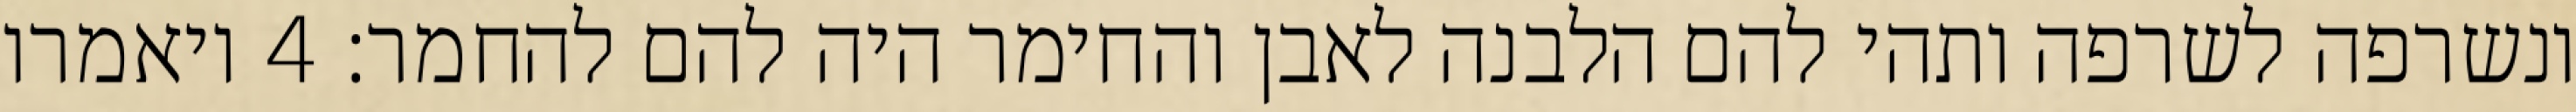
ונשרפה לשרפה ותהי להם הלבנה לאבן והחימר היה להם להחמר׃ ‎4‏ ויאמרו